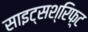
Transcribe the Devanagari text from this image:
साइट्सश्रिफ़्ट